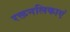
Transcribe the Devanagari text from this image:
रक्तनलिकाएं